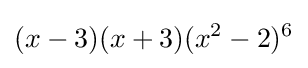
(x-3)(x+3)(x^{2}-2)^{6}